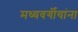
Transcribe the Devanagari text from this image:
मध्यवर्गीयांना